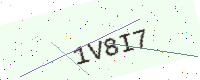
Text: 1V8I7